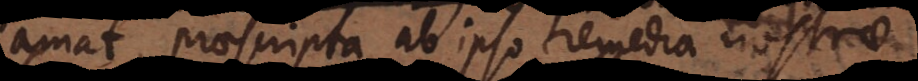
amat, praescripta ab ipso remedia nostrae